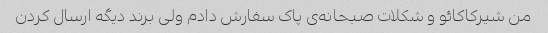
من شیرکاکائو و شکلات صبحانه‌ی پاک سفارش دادم ولی برند دیگه ارسال کردن